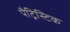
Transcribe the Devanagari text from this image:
पैट्रिस्टिक